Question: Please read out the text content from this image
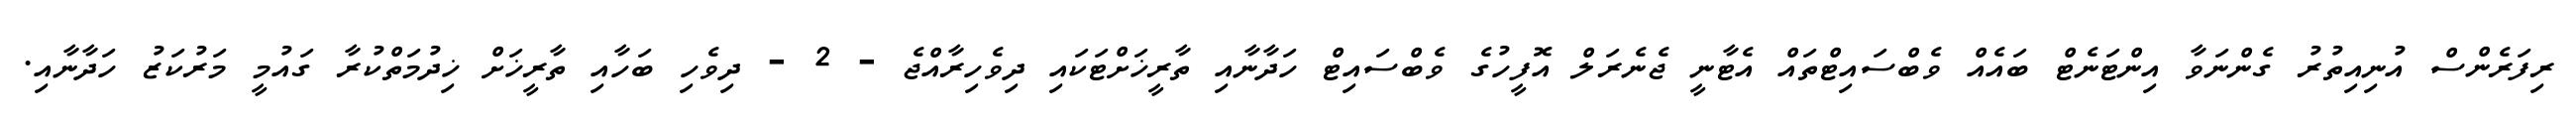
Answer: ރިފަރެންސް އުނިއިތުރު ގެންނަވާ އިންޓަނެޓް ބައެއް ވެބްސައިޓްތައް އެޓާނީ ޖެނެރަލް އޮފީހުގެ ވެބްސައިޓް ހަދާނާއި ތާރީޚަށްޓަކައި ދިވެހިރާއްޖެ - 2 - ދިވެހި ބަހާއި ތާރީޚަށް ޚިދުމަތްކުރާ ގައުމީ މަރުކަޒު ހަދާނާއި.